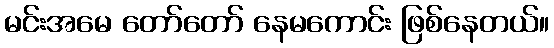
မင်းအမေ တော်တော် နေမကောင်း ဖြစ်နေတယ်။